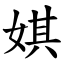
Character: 娸